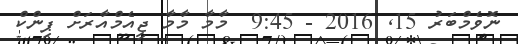
ނޮވެމްބަރު 15